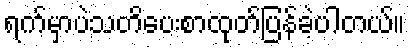
ရက်မှာပဲသတိပေးစာထုတ်ပြန်ခဲ့ပါတယ်။